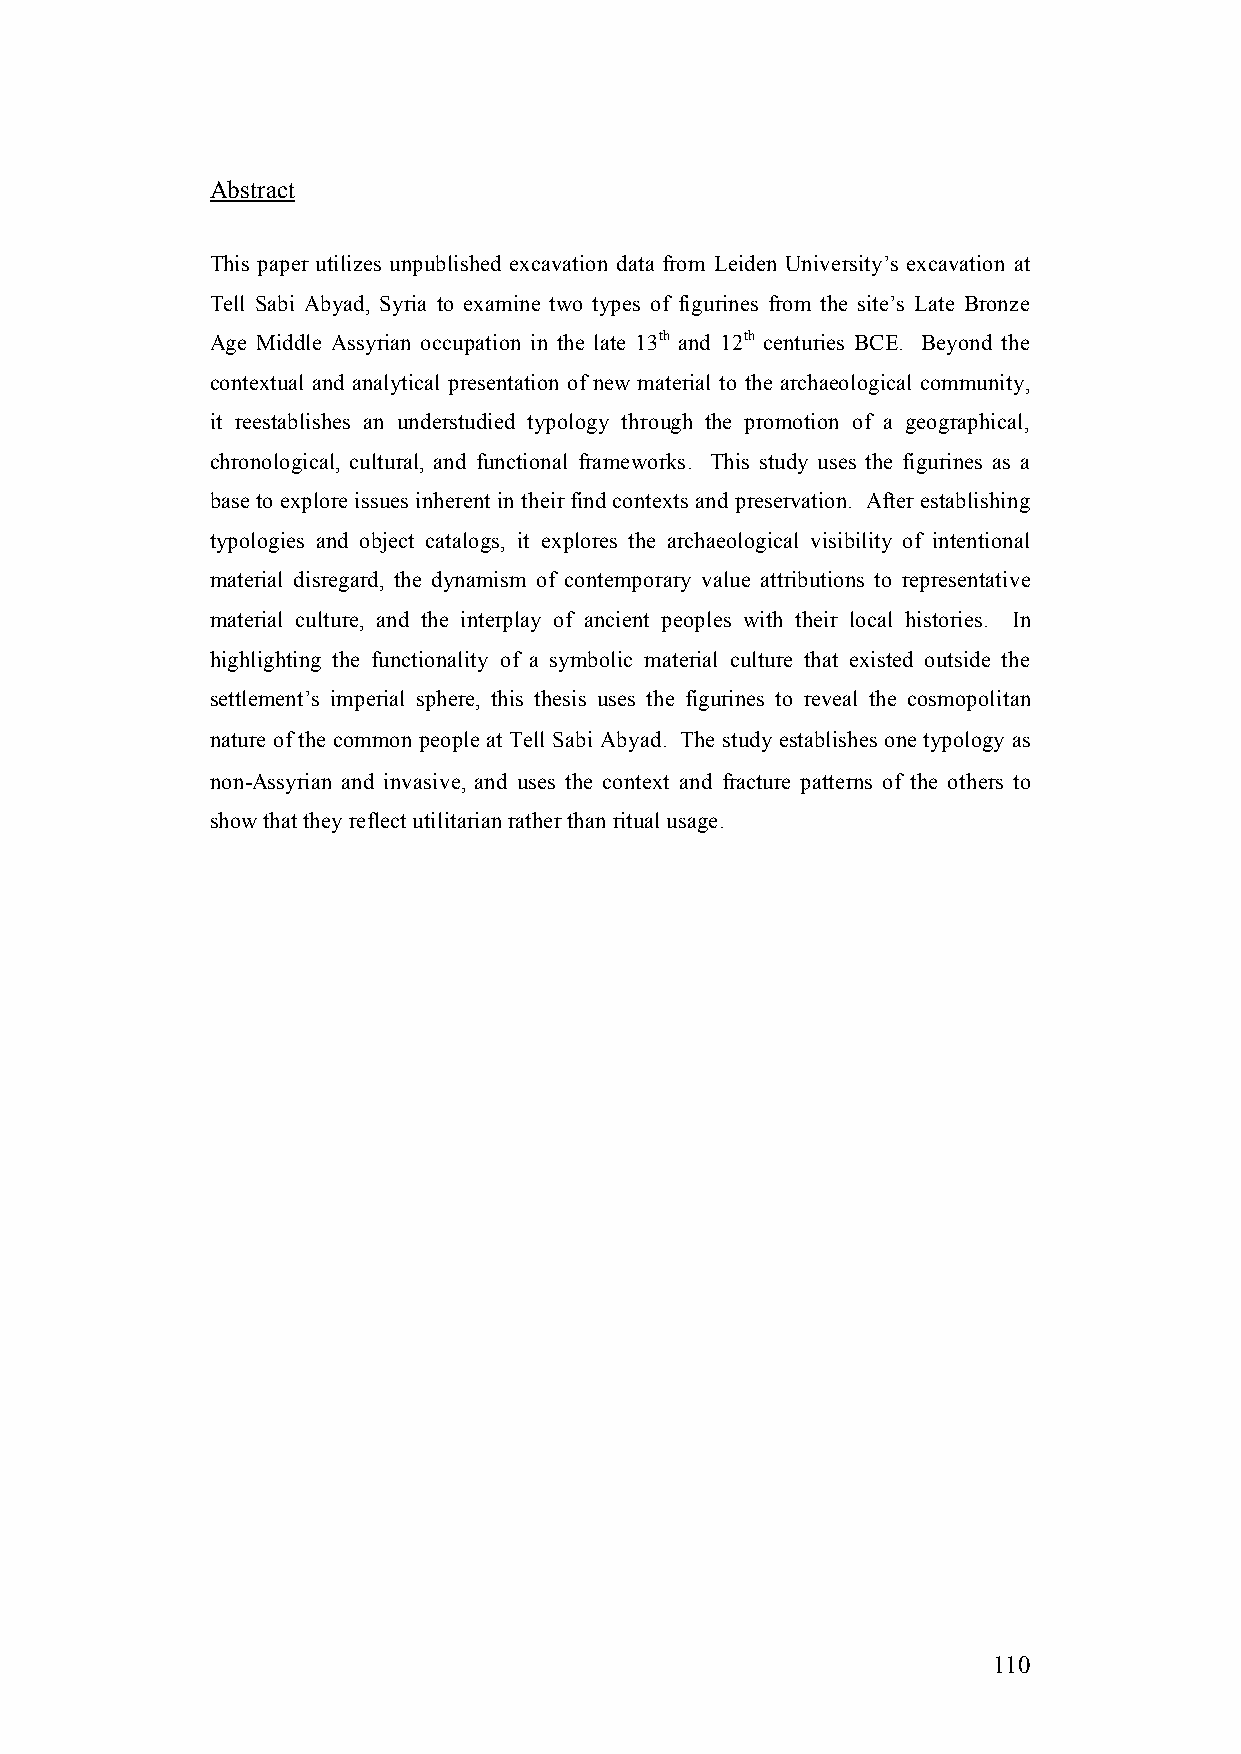
Abstract
 This paper utilizes unpublished excavation data from Leiden University’s excavation at
 Tell Sabi Abyad, Syria to examine two types of figurines from the site’s Late Bronze
 Age Middle Assyrian occupation in the late 13th and 12th centuries BCE. Beyond the
 contextual and analytical presentation of new material to the archaeological community,
 it reestablishes an understudied typology through the promotion of a geographical,
 chronological, cultural, and functional frameworks. This study uses the figurines as a
 base to explore issues inherent in their find contexts and preservation. After establishing
 typologies and object catalogs, it explores the archaeological visibility of intentional
 material disregard, the dynamism of contemporary value attributions to representative
 material culture, and the interplay of ancient peoples with their local histories. In
 highlighting the functionality of a symbolic material culture that existed outside the
 settlement’s imperial sphere, this thesis uses the figurines to reveal the cosmopolitan
 nature of the common people at Tell Sabi Abyad. The study establishes one typology as
 non-Assyrian and invasive, and uses the context and fracture patterns of the others to
 show that they reflect utilitarian rather than ritual usage.
 110